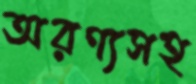
অরণ্যসহ